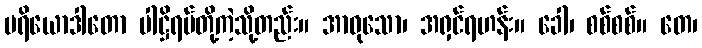
ပရိယောဒါတော ပါဋ္ဌိရပ်တို့ကဲ့သို့တည်း။ အာဝုသော၊ အရှင်ရဟန်း။ ခေါ၊ စစ်စစ်။ တေ၊